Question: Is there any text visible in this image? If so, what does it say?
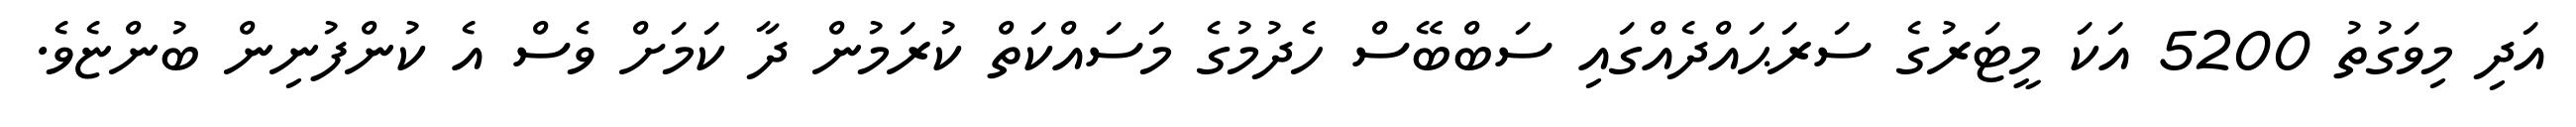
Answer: އަދި މިވަގުތު 5200 އަކަ މީޓަރުގެ ސަރަޙައްދެއްގައި ސަބްބޭސް ހެދުމުގެ މަސައްކަތް ކުރަމުން ދާ ކަމަށް ވެސް އެ ކުންފުނިން ބުންޏެވެ.